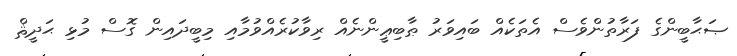
ޞަޙާބީންގެ ފަރާތުންވެސް އެތަކެއް ބައިވަރު ޠާބިޢީންނެއް ރިވާކުރެއްވުމާއި މިބީދައިން ގޮސް މުޅި ޙަދީޘް